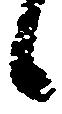
候